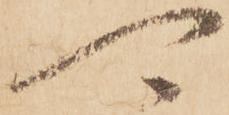
可